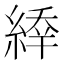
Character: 𦂜